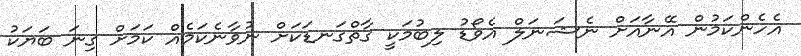
އެހެންކަމުން އޭނާއަށް ނެޝަނަލް އެވޯޑު ލިބުމަކީ ގާތްގަނޑަކަށް ނުވާނެކަމެއް ކަމަށް ގިނަ ބަޔަކު